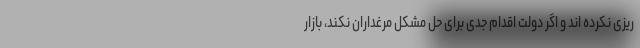
ریزی نکرده اند و اگر دولت اقدام جدی برای حل مشکل مرغداران نکند، بازار